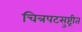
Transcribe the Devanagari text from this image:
चित्रपटसुष्ट्रीत